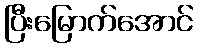
ပြီးမြောက်အောင်